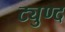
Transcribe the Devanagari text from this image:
ट्युण्द